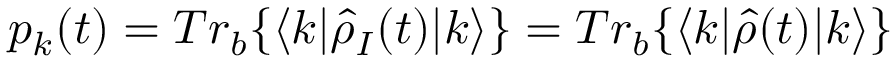
p _ { k } ( t ) = T r _ { b } \{ \langle k | \hat { \rho } _ { I } ( t ) | k \rangle \} = T r _ { b } \{ \langle k | \hat { \rho } ( t ) | k \rangle \}